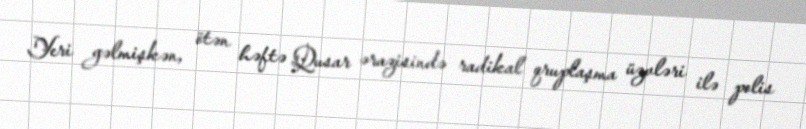
Yeri gəlmişkən, ötən həftə Qusar ərazisində radikal qruplaşma üzvləri ilə polis